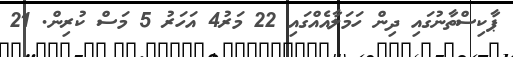
ޕާކިސްތާނުގައި ދިން ހަމަލާއެއްގައި 22 މަރު4 އަހަރު 5 މަސް ކުރިން. 21